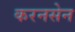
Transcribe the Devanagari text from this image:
करनसेन